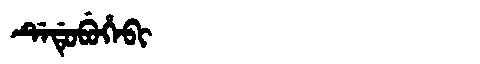
Manchu: ᡩᡝᡩᡠᠪᡠᡥᡝᠪᡳ
Romanization: DEDUBUHEBI